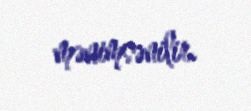
mənimsənilir.